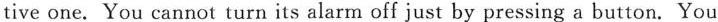
tive one. You cannot turn its alarm off just by pressing a button. You